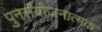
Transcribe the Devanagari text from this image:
पुनर्संयोजनात्मक